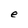
Character: e